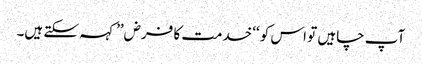
آپ چاہیں تو اس کو ‘‘خدمت کا فرض’’ کہہ سکتے ہیں۔